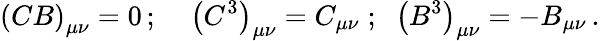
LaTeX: \left(CB\right)_{\mu\nu}=0\, ;\; \; \; \; \left(C^{3}\right)_{\mu\nu}=C_{\mu\nu}\; ;\; \; \left(B^{3}\right)_{\mu\nu}=-B_{\mu\nu}\, .